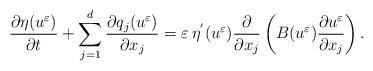
\begin{align*}\frac{\partial \eta(u^{\varepsilon})}{\partial t} + \displaystyle\sum_{j=1}^{d}\frac{\partial q_{j}(u^{\varepsilon})}{\partial x_{j}} = \varepsilon\, \eta^{'}(u^{\varepsilon}) \frac{\partial }{\partial x_{j}}\left(B(u^{\varepsilon})\frac{\partial u^{\varepsilon}}{\partial x_{j}}\right). \end{align*}